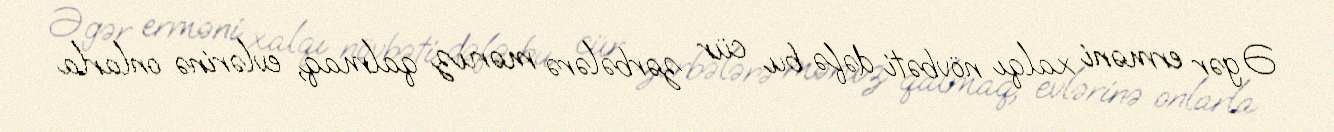
Əgər erməni xalqı növbəti dəfə bu cür zərbələrə məruz qalmaq, evlərinə onlarla